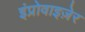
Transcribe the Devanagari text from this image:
इंप्रोवाइज़ेर